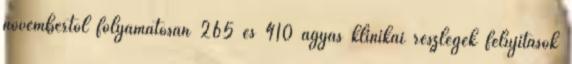
novembertől folyamatosan 265 és 410 ágyas klinikai részlegek felújítások